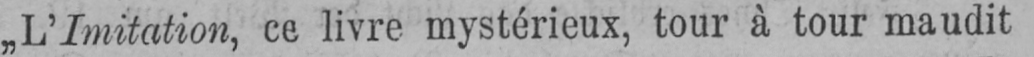
„L’Imitation, ce livre mystérieux, tour à tour maudit